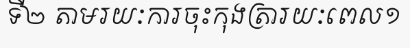
ទី២ តាមរយៈការចុះកុងត្រារយៈពេល១